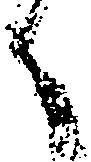
之